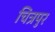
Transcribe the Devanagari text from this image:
चित्रपुर